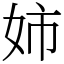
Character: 姉